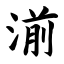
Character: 湔